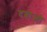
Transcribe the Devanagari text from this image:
दबाओ